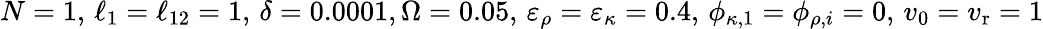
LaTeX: N=1,\, \ell_{1}=\ell_{12}=1,\, \delta=0.0001,\Omega=0.05,\, \varepsilon_{\rho}=\varepsilon_{\kappa}=0.4,\, \phi_{\kappa,1}=\phi_{\rho,i}=0,\, v_{0}=v_{\mathrm{r}}=1